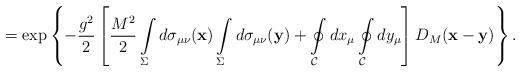
LaTeX: \begin{align*}=\exp\left\{-\frac{g^2}{2}\left[\frac{M^2}{2}\int\limits_{\Sigma}^{} d\sigma_{\mu\nu}({\bf x})\int\limits_{\Sigma}^{} d\sigma_{\mu\nu}({\bf y})+\oint\limits_{{\cal C}}^{}dx_\mu \oint\limits_{{\cal C}}^{}dy_\mu\right]D_M({\bf x}-{\bf y})\right\}.\end{align*}